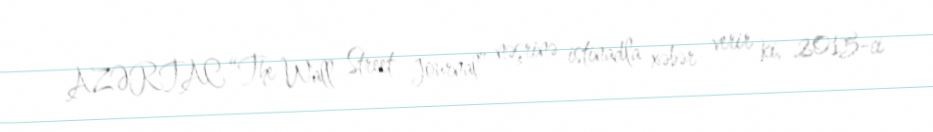
AZƏRTAC “The Wall Street Journal” nəşrinə istinadla xəbər verir ki, 2015-ci